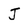
Character: J